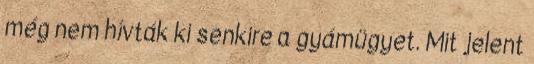
még nem hívták ki senkire a gyámügyet. Mit jelent